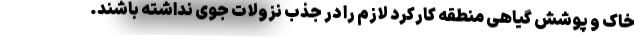
خاک و پوشش گیاهی منطقه کارکرد لازم را در جذب نزولات جوی نداشته باشند.